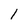
Character: 1